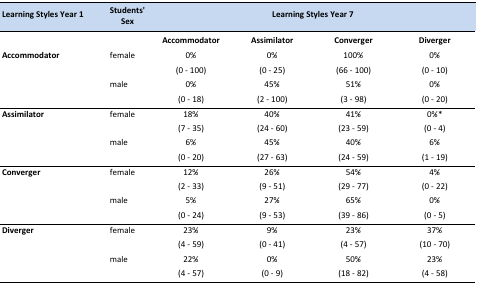
| Learning Styles Year 1 | Students’ Sex | <COLSPAN=4> Learning Styles Year 7 |
 |  |  | Accommodator | Assimilator | Converger | Diverger |
 | --- | --- | --- | --- | --- | --- |
 | <ROWSPAN=2> Accommodator | female | 0% (0 – 100) | 0% (0 – 25) | 100% (66 – 100) | 0% (0 – 10) |
 | male | 0% (0 – 18) | 45% (2 – 100) | 51% (3 – 98) | 0% (0 – 20) |
 | <ROWSPAN=2> Assimilator | female | 18% (7 – 35) | 40% (24 – 60) | 41% (23 – 59) | 0%* (0 – 4) |
 | male | 6% (0 – 20) | 45% (27 – 63) | 40% (24 – 59) | 6% (1 – 19) |
 | <ROWSPAN=2> Converger | female | 12% (2 – 33) | 26% (9 – 51) | 54% (29 – 77) | 4% (0 – 22) |
 | male | 5% (0 – 24) | 27% (9 – 53) | 65% (39 – 86) | 0% (0 – 5) |
 | <ROWSPAN=2> Diverger | female | 23% (4 – 59) | 9% (0 – 41) | 23% (4 – 57) | 37% (10 – 70) |
 | male | 22% (4 – 57) | 0% (0 – 9) | 50% (18 – 82) | 23% (4 – 58) |